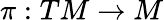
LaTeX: \pi:TM\rightarrow M